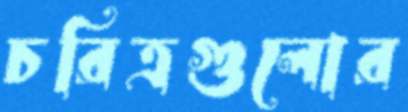
চরিত্রগুলোর